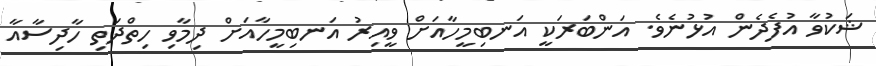
ޝަކުވާ އުފެދެން އުޅުނެވެ. އަންބަރަކީ އަނބިމީހާއަށް ވީއިރު އަނބިމީހާއަށް ދިމާވި ހިތްދަތި ހާދިސާއާ